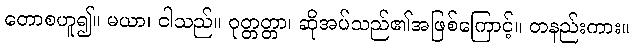
တောစဟူ၍။ မယာ၊ ငါသည်။ ဝုတ္တတ္တာ၊ ဆိုအပ်သည်၏အဖြစ်ကြောင့်။ တနည်းကား။